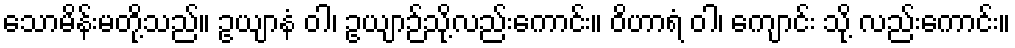
သောမိန်းမတို့သည်။ ဥယျာနံ ဝါ၊ ဥယျာဉ်သို့လည်းကောင်း။ ဝိဟာရံ ဝါ၊ ကျောင်း သို့ လည်းကောင်း။